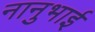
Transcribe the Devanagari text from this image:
नानुभाई